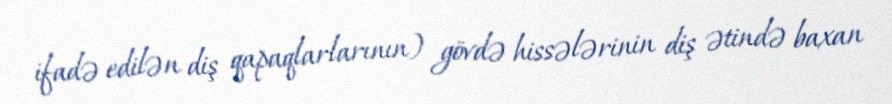
ifadə edilən diş qapaqlarlarının) gövdə hissələrinin diş ətində baxan